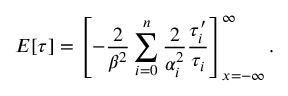
E [ \tau ] = \left[ - \frac 2 { \beta ^ { 2 } } \sum _ { i = 0 } ^ { n } \frac 2 { \alpha _ { i } ^ { 2 } } \frac { \tau _ { i } ^ { \prime } } { \tau _ { i } } \right] _ { x = - \infty } ^ { \infty } .